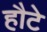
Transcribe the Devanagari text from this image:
हौटे